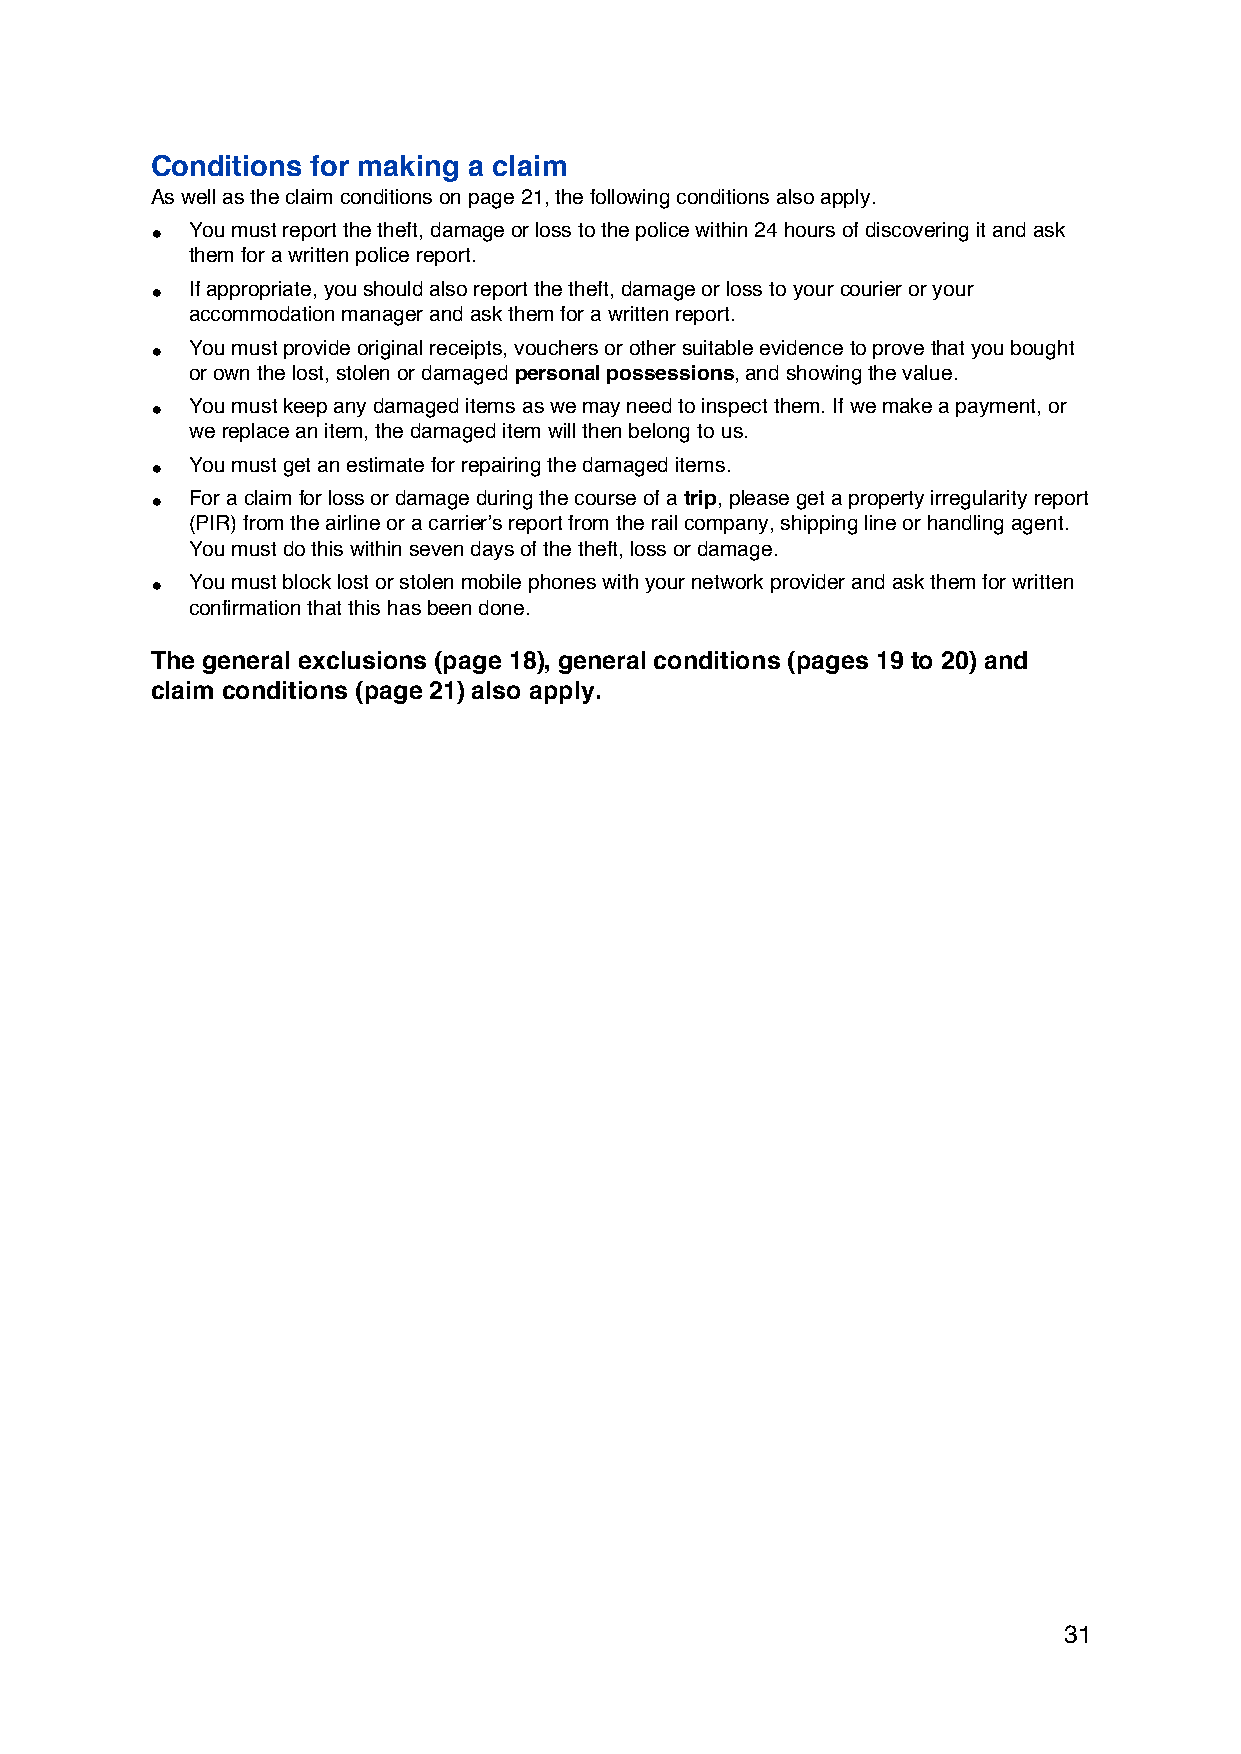
Conditions for making a claim
 As well as the claim conditions on page 21, the following conditions also apply.
 •  You must report the theft, damage or loss to the police within 24 hours of discovering it and ask
 them for a written police report.
 •  If appropriate, you should also report the theft, damage or loss to your courier or your
 accommodation manager and ask them for a written report.
 •  You must provide original receipts, vouchers or other suitable evidence to prove that you bought
 or own the lost, stolen or damaged personal possessions, and showing the value.
 •  You must keep any damaged items as we may need to inspect them. If we make a payment, or
 we replace an item, the damaged item will then belong to us.
 •  You must get an estimate for repairing the damaged items.
 •  For a claim for loss or damage during the course of a trip, please get a property irregularity report
 (PIR) from the airline or a carrier’s report from the rail company, shipping line or handling agent.
 You must do this within seven days of the theft, loss or damage.
 •  You must block lost or stolen mobile phones with your network provider and ask them for written
 confirmation that this has been done.
 The general exclusions (page 18), general conditions (pages 19 to 20) and
 claim conditions (page 21) also apply.
 31